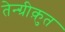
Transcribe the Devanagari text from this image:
तेन्ग्रीक़ुत